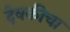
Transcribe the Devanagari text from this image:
देवकीचा